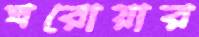
ঘরোয়ার